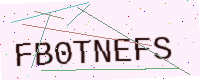
Text: FB0TNEFS